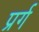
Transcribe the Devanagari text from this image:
प्रर्ग